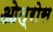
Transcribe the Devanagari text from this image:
ओत्रोस